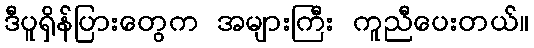
ဒီပူရှိန်ပြားတွေက အများကြီး ကူညီပေးတယ်။